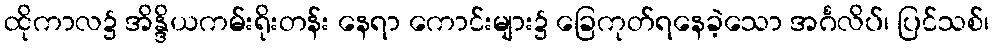
ထိုကာလ၌ အိန္ဒိယကမ်းရိုးတန်း နေရာ ကောင်းများ၌ ခြေကုတ်ရနေခဲ့သော အင်္ဂလိပ်၊ ပြင်သစ်၊